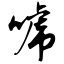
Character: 唬